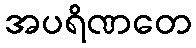
အပရိဏတေ